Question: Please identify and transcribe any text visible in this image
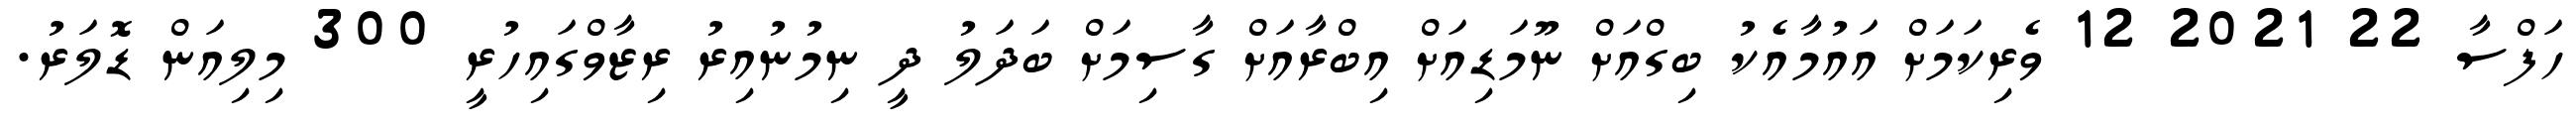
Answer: ހަފްސާ 22 2021 12 ވެރިކަމަށް އައުމާއެކު ބިގްއަށް ނޫމަޑިއަށް އިބްރާއަށް ގާސިމަށް ބަދަލު ދީ ނިމުނުއިރު ރިޒާވްގައިހުރީ 300 މިލިއަން ޑޮލަރު.